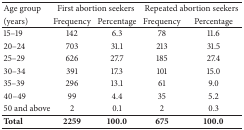
<table><thead><tr><td><b>Age group </b></td><td colspan="2"><b>First abortion seekers</b></td><td colspan="2"><b>Repeated abortion seekers</b></td></tr><tr><td><b>(years) </b></td><td><b>Frequency </b></td><td><b>Percentage</b></td><td><b>Frequency </b></td><td><b>Percentage</b></td></tr></thead><tbody><tr><td>15–19</td><td>142</td><td>6.3</td><td>78</td><td>11.6</td></tr><tr><td>20–24</td><td>703</td><td>31.1</td><td>213</td><td>31.5</td></tr><tr><td>25–29</td><td>626</td><td>27.7</td><td>185</td><td>27.4</td></tr><tr><td>30–34</td><td>391</td><td>17.3</td><td>101</td><td>15.0</td></tr><tr><td>35–39</td><td>296</td><td>13.1</td><td>61</td><td>9.0</td></tr><tr><td>40–49</td><td>99</td><td>4.4</td><td>35</td><td>5.2</td></tr><tr><td>50 and above</td><td>2</td><td>0.1</td><td>2</td><td>0.3</td></tr><tr><td><b>Total</b></td><td><b>2259</b></td><td><b>100.0</b></td><td><b>675</b></td><td><b>100.0</b></td></tr></tbody></table>